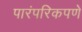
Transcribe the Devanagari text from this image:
पारंपरिकपणे